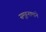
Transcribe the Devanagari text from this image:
समूहनामाने